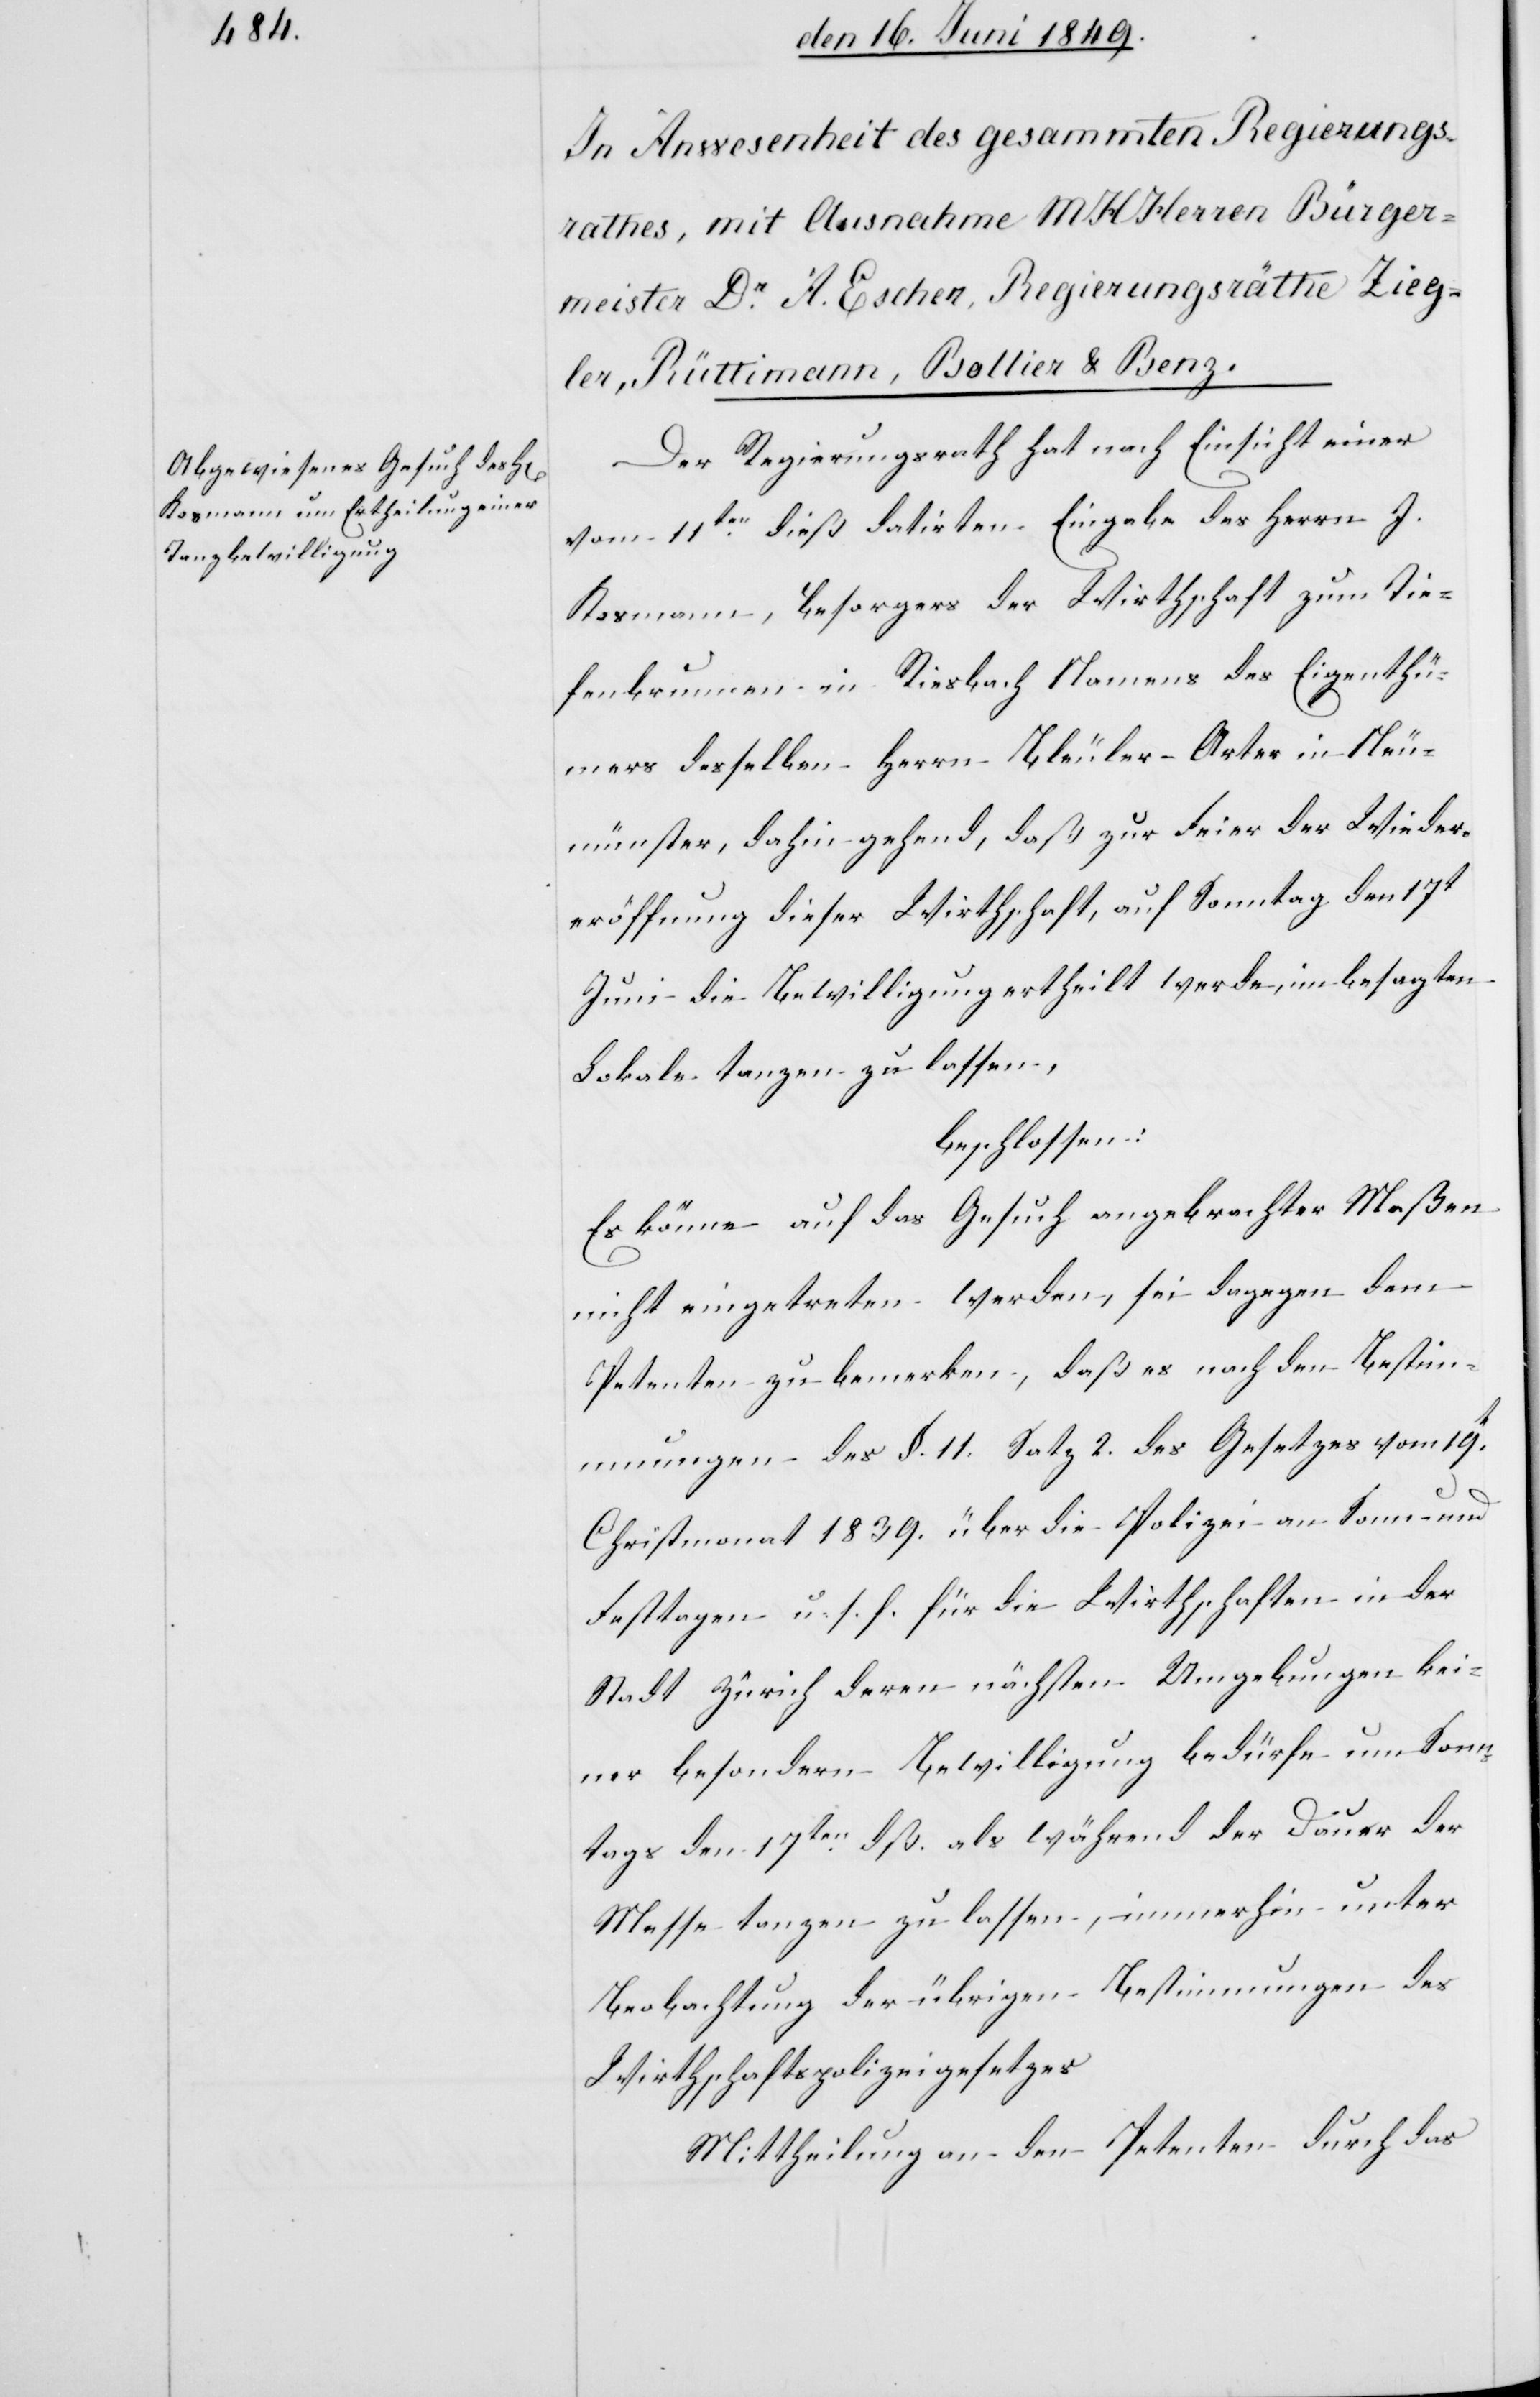
Der Regierungsrath hat nach Einsicht einer
vom 11ten dieß datirten Eingabe des Herrn J.
Kosmann, Besorgers der Wirthschaft zum Tie¬
fenbrunnen in Riesbach Namens des Eigenthü¬
mers desselben Herrn Bleuler-Orter in Neu¬
münster, dahin gehend, daß zur Feier der Wieder¬
eröffnung dieser Wirthschaft, auf Sontag den 17t
Juni die Bewilligung ertheilt werde, im besagten
Lokale tanzen zu lassen,
beschlossen:
Es könne auf das Gesuch angebrachter Maßen
nicht eingetreten werden, sei dagegen dem
Petenten zu bemerken, daß es nach den Bestim¬
mungen des §. 11. Satz 2. des Gesetzes vom 19t
Christmonat 1839. über die Polizei an Sonn- und
Festtagen u. s. f. für die Wirthschaften in der
Stadt Zürich deren nächsten Umgebungen kei¬
ner besondern Bewilligung bedürfe um Sonn¬
tags den 17ten als während der Dauer der
Messe tanzen zu lassen, immerhin unter
Beobachtung der übrigen Bestimmungen des
Wirthschaftspolizeigesetzes
Mittheilung an den Petenten durch das